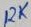
Text: RK